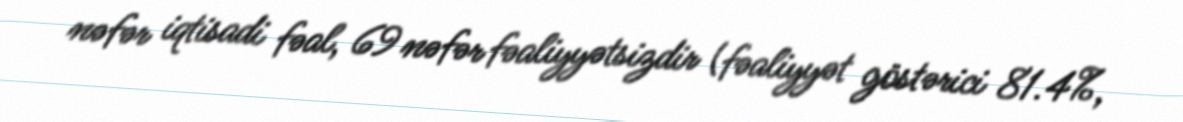
nəfər iqtisadi fəal, 69 nəfər fəaliyyətsizdir (fəaliyyət göstərici 81.4%,